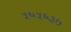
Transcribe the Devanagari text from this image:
५६५६३७